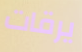
يرقات